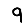
Digit: 9